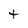
Character: t